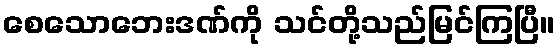
စေသောဘေးဒဏ်ကို သင်တို့သည်မြင်ကြပြီ။